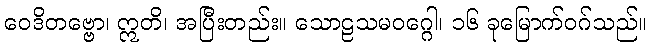
ဝေဒိတဗ္ဗော၊ ဣတိ၊ အပြီးတည်း။ သောဠသမဝဂ္ဂေါ၊ ၁၆ ခုမြောက်ဝဂ်သည်။